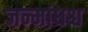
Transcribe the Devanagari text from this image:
जन्मांधश्च